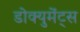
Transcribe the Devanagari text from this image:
डोक्युमेंट्स